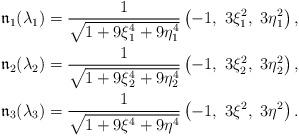
LaTeX: \begin{align*}& {\mathfrak{n}}_1(\lambda_1) = \frac{1}{\sqrt{1+ 9 \xi_1^4 + 9 \eta_1^4}}\left(-1, \ 3 \xi_1^2, \ 3 \eta_1^2 \right), \\& {\mathfrak{n}}_2(\lambda_2) = \frac{1}{\sqrt{1+ 9 \xi_2^4 + 9 \eta_2^4}}\left(-1, \ 3 \xi_2^2, \ 3 \eta_2^2 \right),\\& {\mathfrak{n}}_3(\lambda_3) = \frac{1}{\sqrt{1+ 9 \xi^4 + 9 \eta^4}}\left(-1, \ 3 \xi^2, \ 3 \eta^2 \right).\end{align*}